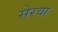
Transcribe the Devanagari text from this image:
सेरवा